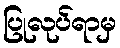
ပြုလုပ်ရာမှ